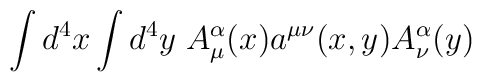
\int d^{4}x\int d^{4}y\; A_{\mu }^{\alpha }(x)a^{\mu \nu }(x,y)A_{\nu }^{\alpha }(y)